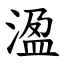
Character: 溋